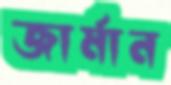
জার্মান